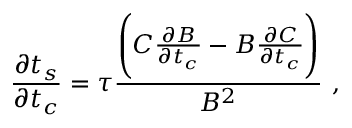
\frac { \partial t _ { s } } { \partial t _ { c } } = \tau \frac { \Bigg ( C \frac { \partial B } { \partial t _ { c } } - B \frac { \partial C } { \partial t _ { c } } \Bigg ) } { B ^ { 2 } } ~ ,